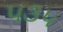
૫૩૫